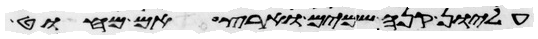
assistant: עליון קנה שמים וארץ אם מחוט